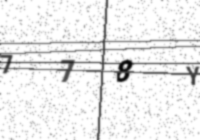
Text: 778Y